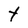
Character: t